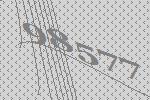
98577